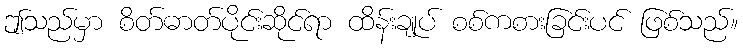
ဤသည်မှာ စိတ်ဓာတ်ပိုင်းဆိုင်ရာ ထိန်းချုပ် စစ်ကစားခြင်းပင် ဖြစ်သည်။